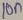
Text: 10n